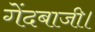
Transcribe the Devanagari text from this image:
गेंदबाजी।